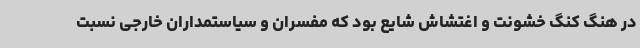
در هنگ کنگ خشونت و اغتشاش شایع بود که مفسران و سیاستمداران خارجی نسبت